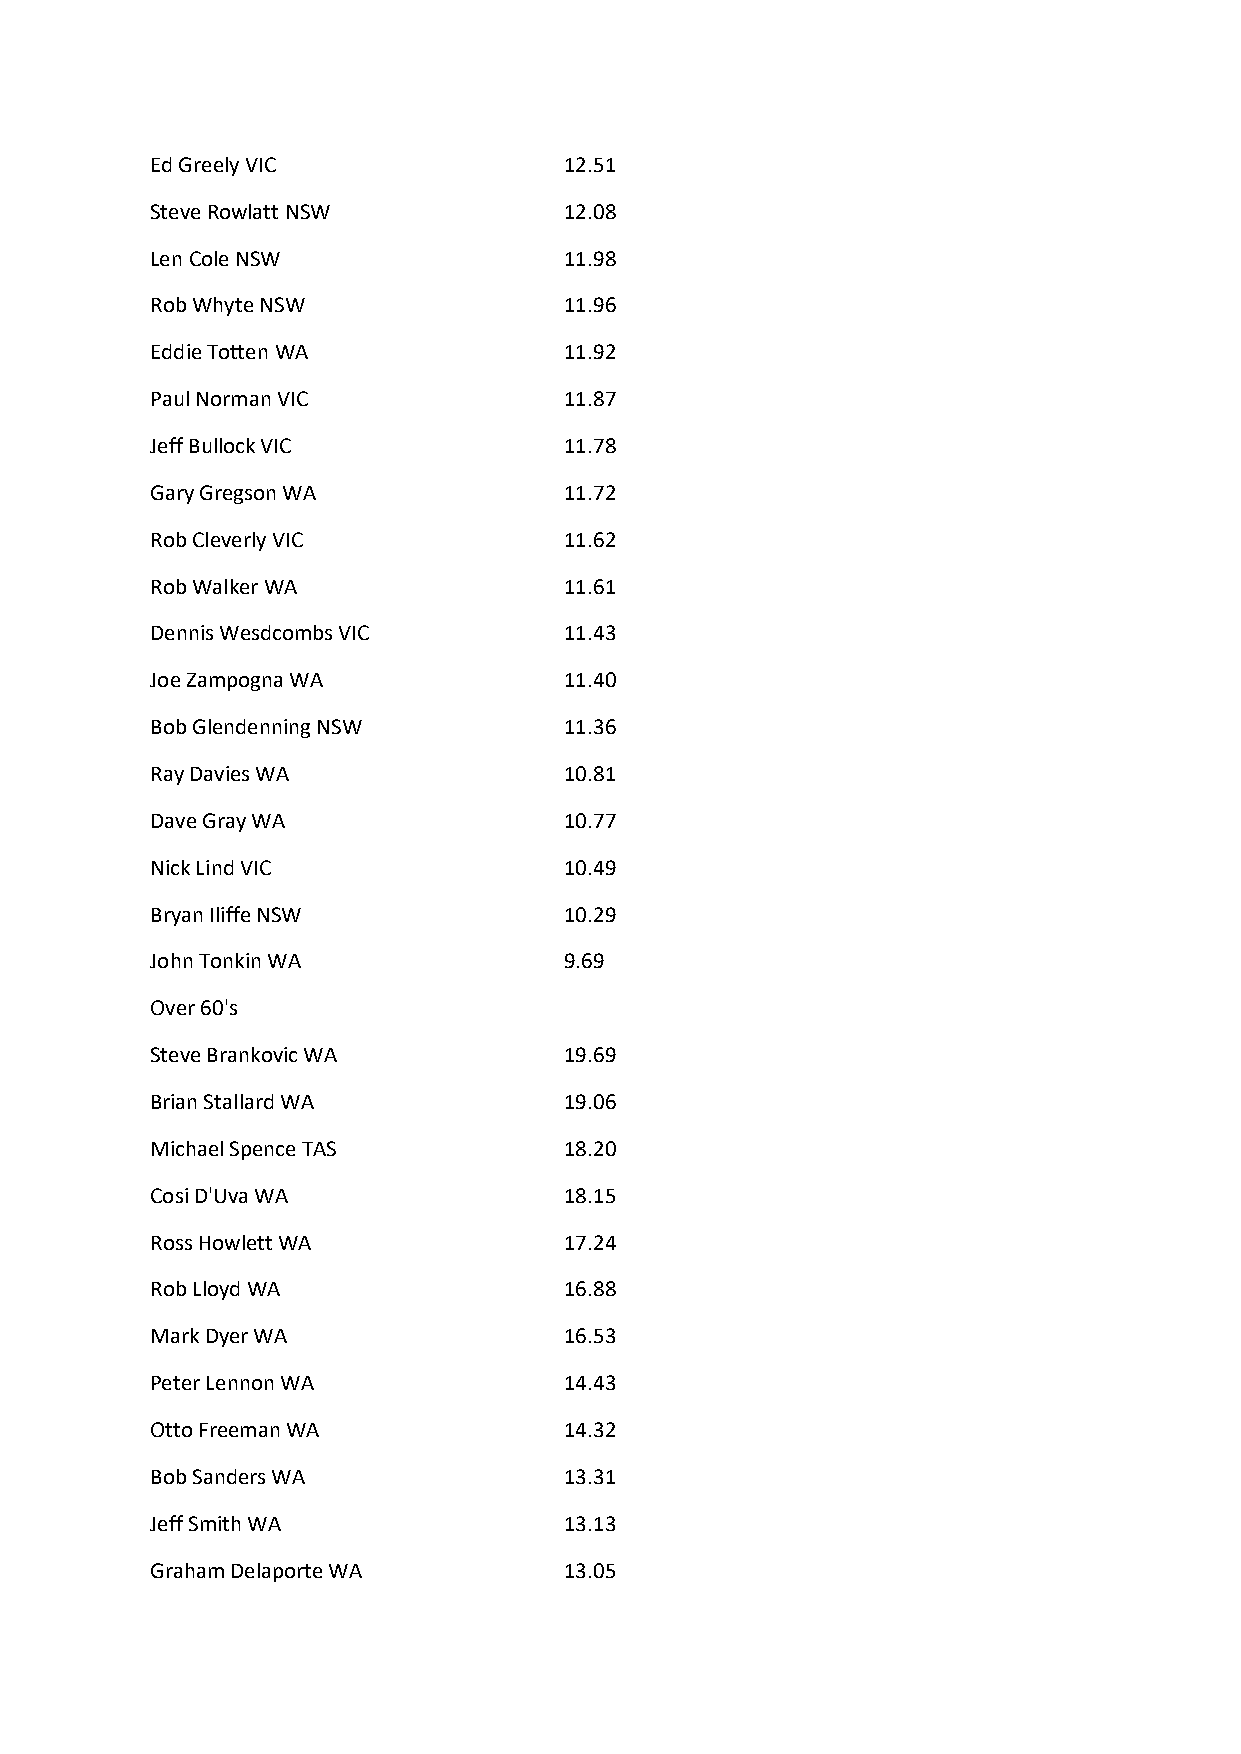
Ed Greely VIC              12.51
 Steve Rowlatt NSW          12.08
 Len Cole NSW               11.98
 Rob Whyte NSW              11.96
 Eddie Totten WA            11.92
 Paul Norman VIC            11.87
 Jeff Bullock VIC           11.78
 Gary Gregson WA            11.72
 Rob Cleverly VIC           11.62
 Rob Walker WA              11.61
 Dennis Wesdcombs VIC       11.43
 Joe Zampogna WA            11.40
 Bob Glendenning NSW        11.36
 Ray Davies WA              10.81
 Dave Gray WA               10.77
 Nick Lind VIC              10.49
 Bryan Iliffe NSW           10.29
 John Tonkin WA             9.69
 Over 60's
 Steve Brankovic WA         19.69
 Brian Stallard WA          19.06
 Michael Spence TAS         18.20
 Cosi D'Uva WA              18.15
 Ross Howlett WA            17.24
 Rob Lloyd WA               16.88
 Mark Dyer WA               16.53
 Peter Lennon WA            14.43
 Otto Freeman WA            14.32
 Bob Sanders WA             13.31
 Jeff Smith WA              13.13
 Graham Delaporte WA        13.05